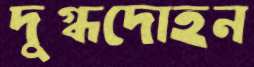
দুগ্ধদোহন